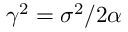
\gamma ^ { 2 } = \sigma ^ { 2 } / 2 \alpha